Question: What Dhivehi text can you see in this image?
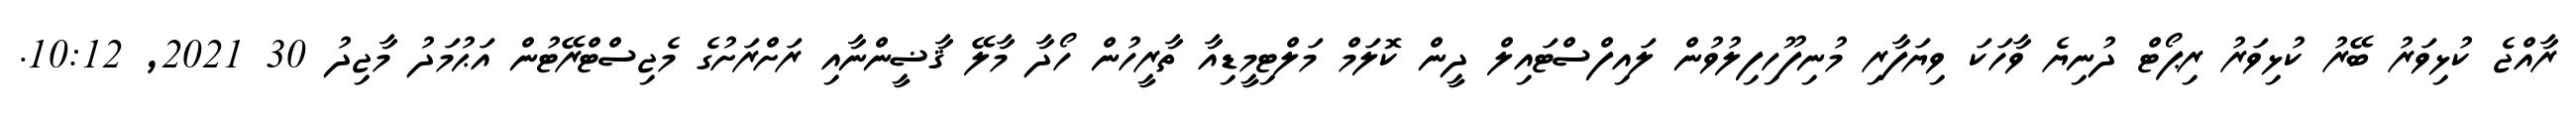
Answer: ރާއްޖެ ކުޅިވަރު ބޭރު ކުޅިވަރު ރިޕޯޓް ދުނިޔެ ވާހަކަ ވިޔަފާރި މުނިފޫހިފިލުވުން ލައިފްސްޓައިލް ދީން ކޮލަމް މަލްޓިމީޑިއާ ތާރީހުން ހޯދާ މާލޭ ޤާޟީންނާއި ރަށްރަށުގެ މެޖިސްޓްރޭޓުން އަޙުމަދު މާޖިދު 30 2021, 10:12.